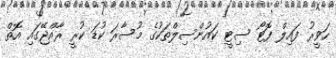
ހަވީރު ފައިލް ފޮޓޯ ސިޓީ ކައުންސިލްތަކުގެ މުސާރަ ކުޑަ ކުރީ ރާއްޖޭގައި އޮތް